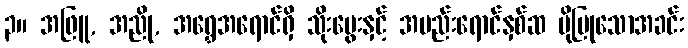
၃။ အဖြူ, အညို, အရွှေအရောင်ရှိ သိုးမွေးနှင့် အမည်းရောင်နှစ်ဆ ပိုပြုသောအခင်း